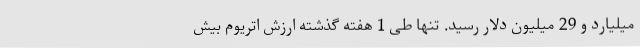
میلیارد و 29 میلیون دلار رسید. تنها طی 1 هفته گذشته ارزش اتریوم بیش